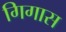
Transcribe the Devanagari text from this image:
गिगास